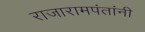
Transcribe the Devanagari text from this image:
राजारामपंतांनी